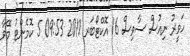
ހަވީރު ނިއުސް ސާވިސް 16 އޮކްޓޯބަރ 2011 09:53 5 ކޮމެންޓު މޭވާ